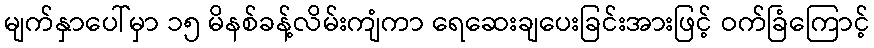
မျက်နှာပေါ်မှာ ၁၅ မိနစ်ခန့်လိမ်းကျံကာ ရေဆေးချပေးခြင်းအားဖြင့် ဝက်ခြံကြောင့်